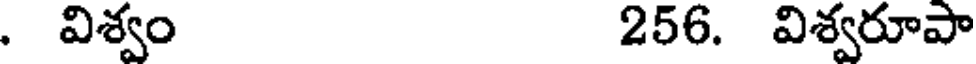
. విశ్వం 256. విశ్వరూపా